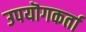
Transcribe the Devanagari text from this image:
उपयॊगकर्ता